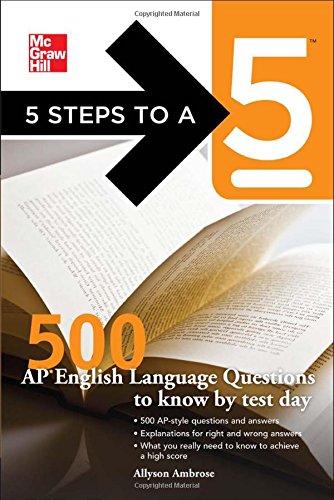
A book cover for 5 Steps to a 5 500 AP English Language Questions to Know by Test Day (5 Steps to a 5 on the Advanced Placement Examinations Series); Allyson Ambrose; Test Preparation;